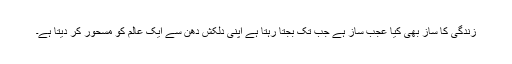
زندگی کا ساز بھی کیا عجب ساز ہے جب تک بجتا رہتا ہے اپنی دلکش دھن سے ایک عالم کو مسحور کر دیتا ہے۔